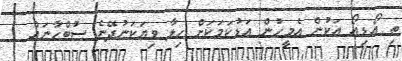
ތި އޯޑިއޯ އަކުން އެމީހުން އަޑުކަމަކަށް ހިލާ ވިޔަކަނުދޭނެ ސުބްހާނައް